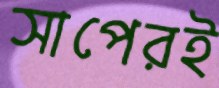
সাপেরই